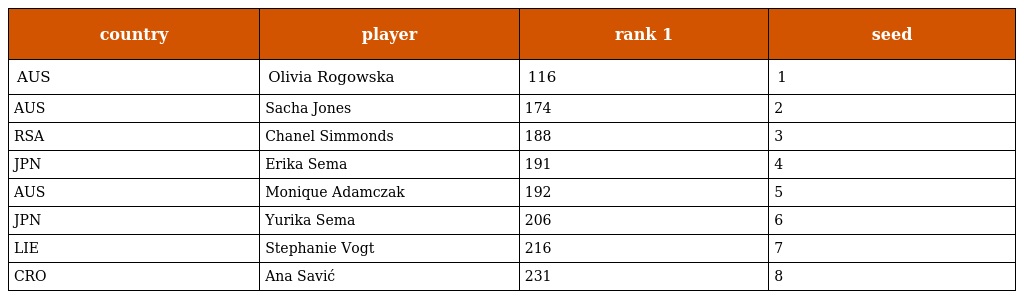
| country | player | rank 1 | seed |
 | --- | --- | --- | --- |
 | AUS | Olivia Rogowska | 116 | 1 |
 | AUS | Sacha Jones | 174 | 2 |
 | RSA | Chanel Simmonds | 188 | 3 |
 | JPN | Erika Sema | 191 | 4 |
 | AUS | Monique Adamczak | 192 | 5 |
 | JPN | Yurika Sema | 206 | 6 |
 | LIE | Stephanie Vogt | 216 | 7 |
 | CRO | Ana Savić | 231 | 8 |